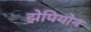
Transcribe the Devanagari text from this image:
झेपियोन